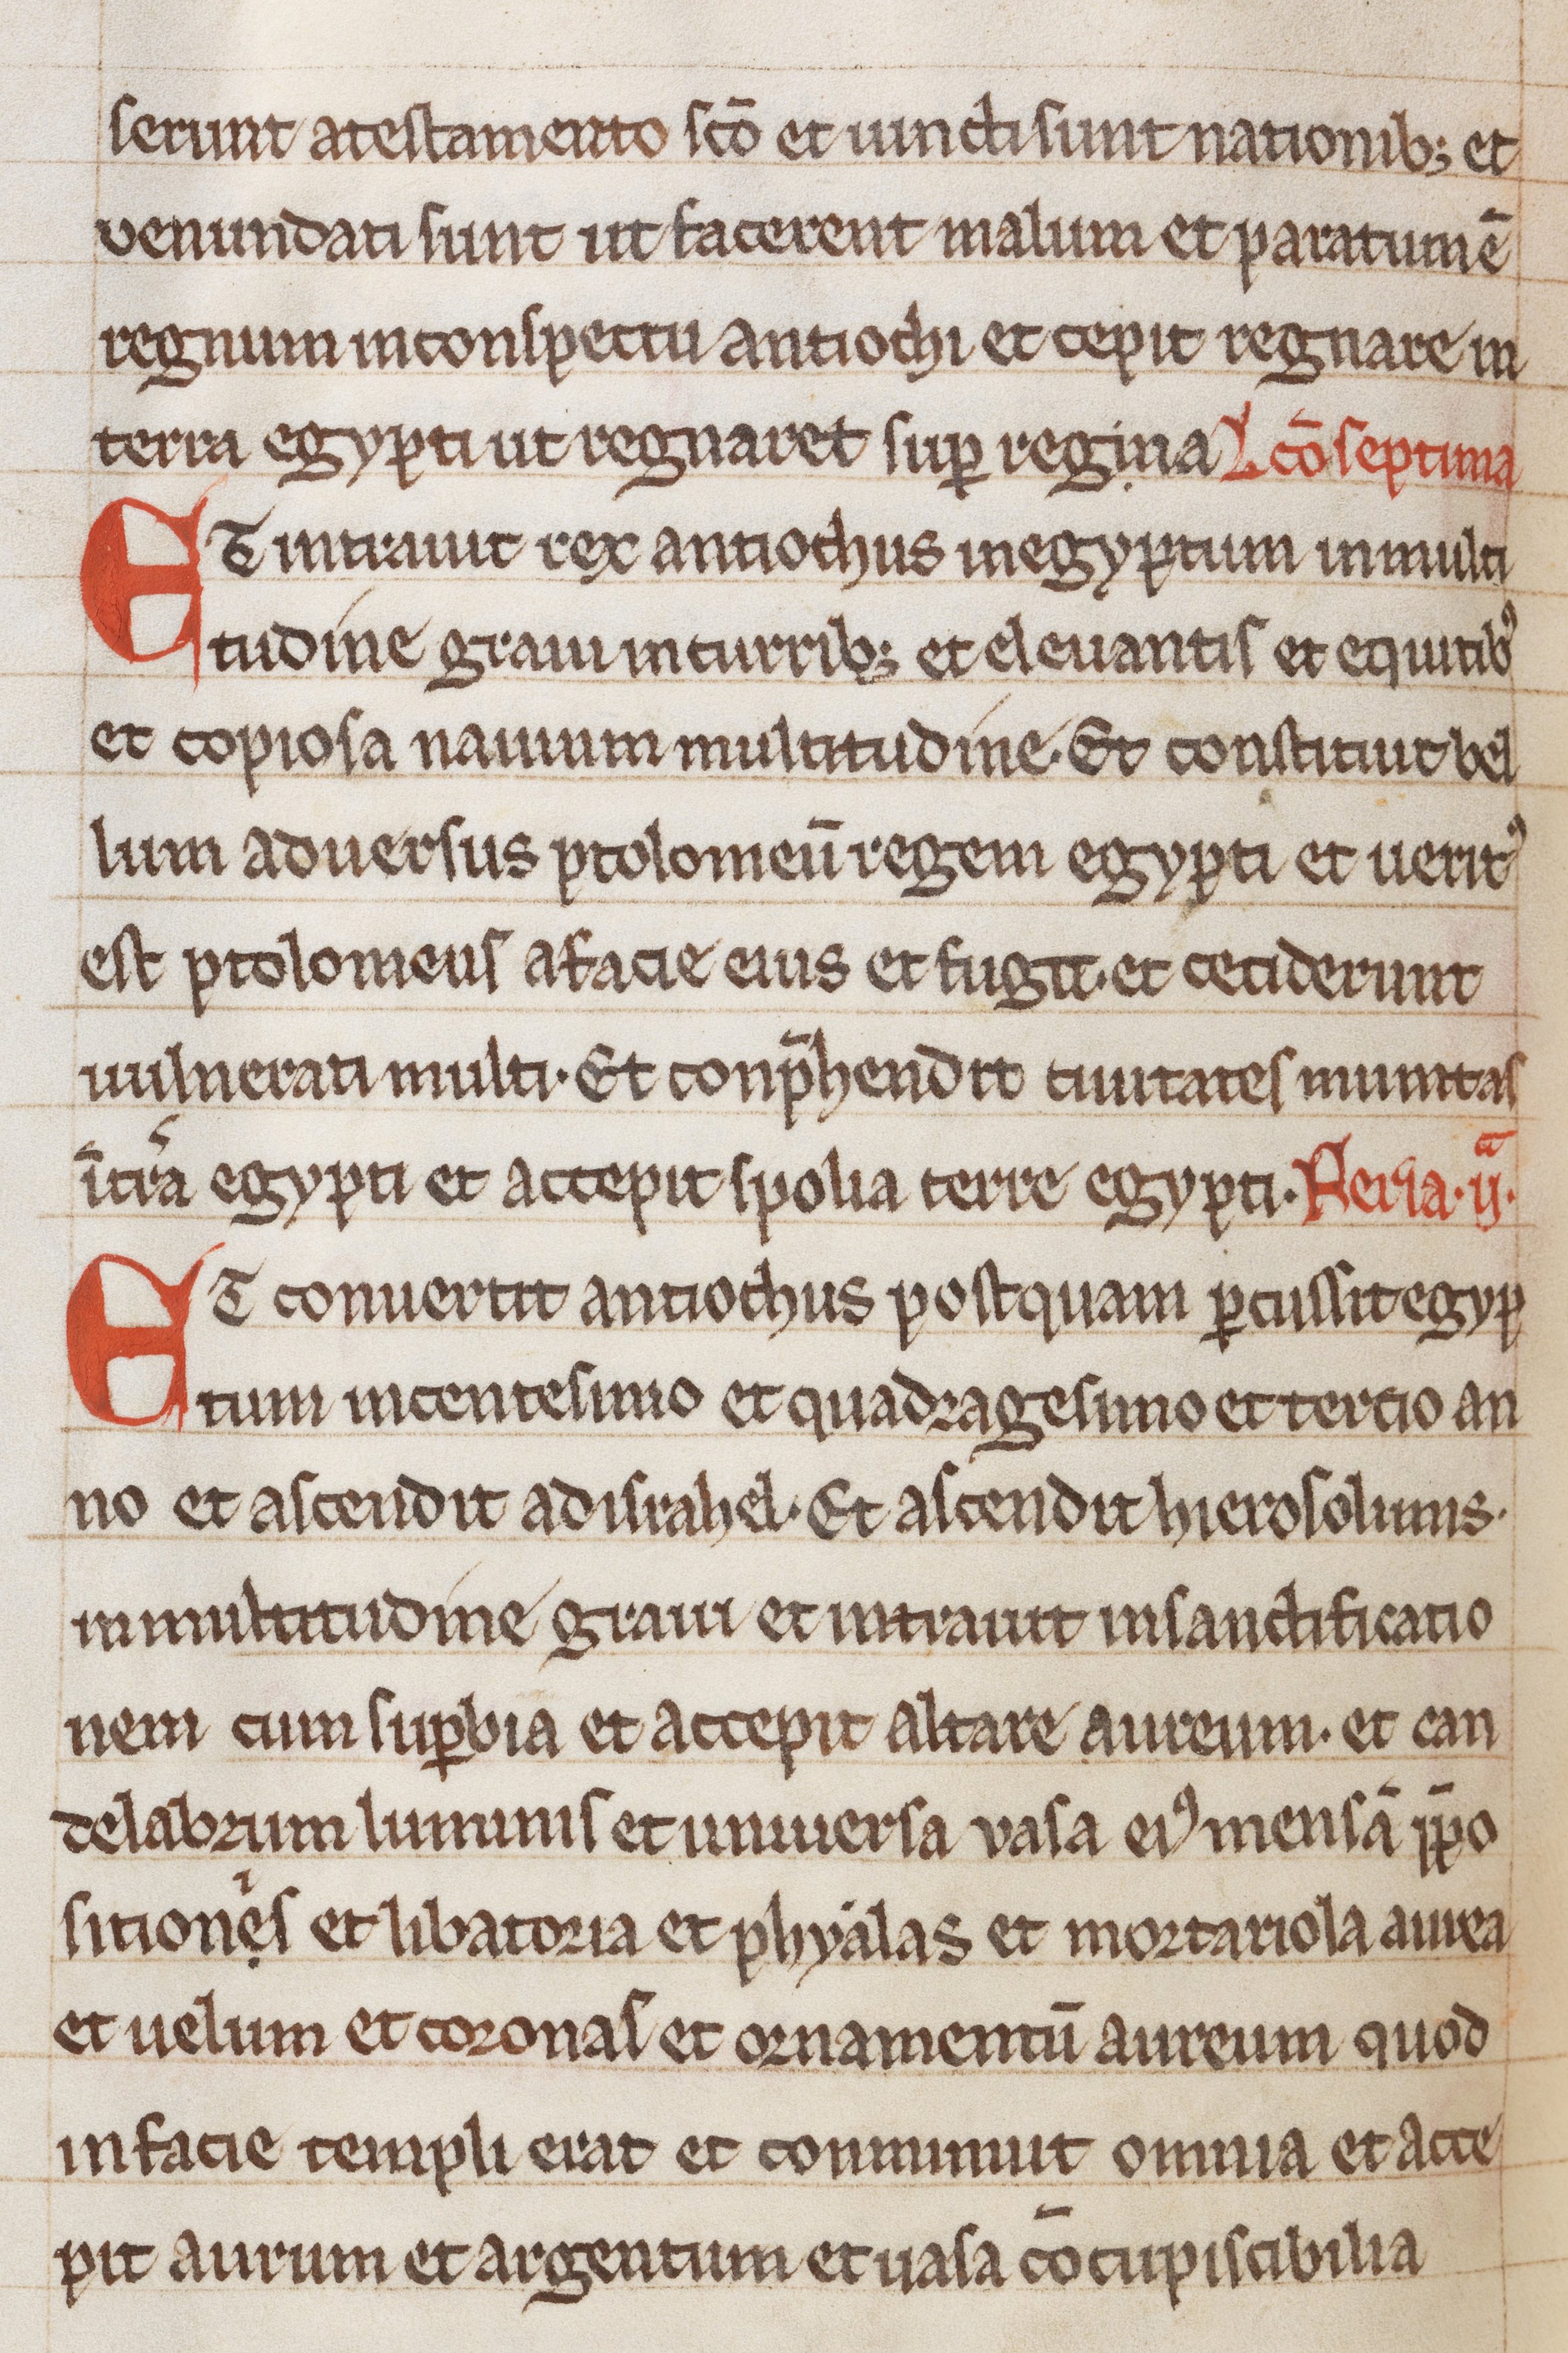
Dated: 1200–1299